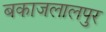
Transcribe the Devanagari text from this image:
बकाजलालपुर